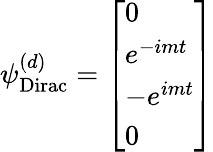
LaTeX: \psi_{\mathrm{{Dirac}}}^{(d)}={\left[\begin{array}{l}{0}\\ {e^{-imt}}\\ {-e^{imt}}\\ {0}\end{array}\right]}